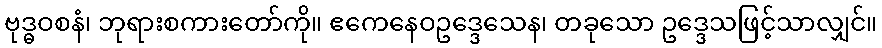
ဗုဒ္ဓဝစနံ၊ ဘုရားစကားတော်ကို။ ဧကေနေဝဥဒ္ဒေသေန၊ တခုသော ဥဒ္ဒေသဖြင့်သာလျှင်။